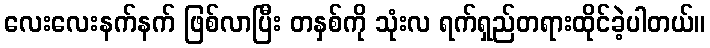
လေးလေးနက်နက် ဖြစ်လာပြီး တနှစ်ကို သုံးလ ရက်ရှည်တရားထိုင်ခဲ့ပါတယ်။